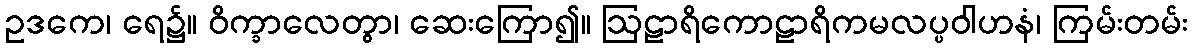
ဥဒကေ၊ ရေ၌။ ဝိက္ခာလေတွာ၊ ဆေးကြော၍။ ဩဠာရိကောဠာရိကမလပ္ပဝါဟနံ၊ ကြမ်းတမ်း